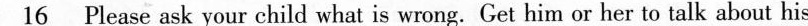
\underline{16} Please ask your child what is wrong.Get him or her to talk about his